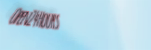
Open24Hours